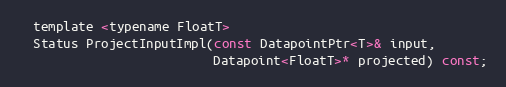
Language: C
  template <typename FloatT>
  Status ProjectInputImpl(const DatapointPtr<T>& input,
                          Datapoint<FloatT>* projected) const;